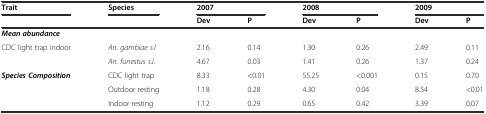
<table><thead><tr><td><b>Trait</b></td><td><b>Species</b></td><td colspan="2"><b>2007</b></td><td colspan="2"><b>2008</b></td><td colspan="2"><b>2009</b></td></tr><tr><td></td><td></td><td><b>Dev</b></td><td><b>P</b></td><td><b>Dev</b></td><td><b>P</b></td><td><b>Dev</b></td><td><b>P</b></td></tr></thead><tbody><tr><td><b><i>Mean abundance</i></b></td><td></td><td></td><td></td><td></td><td></td><td></td><td></td></tr><tr><td>CDC light trap indoor</td><td><i>An. gambiae s.l</i></td><td>2.16</td><td>0.14</td><td>1.30</td><td>0.26</td><td>2.49</td><td>0.11</td></tr><tr><td></td><td><i>An. funestus s.l.</i></td><td>4.67</td><td>0.03</td><td>1.41</td><td>0.26</td><td>1.37</td><td>0.24</td></tr><tr><td><b><i>Species Composition</i></b></td><td>CDC light trap</td><td>8.33</td><td>&lt;0.01</td><td>55.25</td><td>&lt;0.001</td><td>0.15</td><td>0.70</td></tr><tr><td></td><td>Outdoor resting</td><td>1.18</td><td>0.28</td><td>4.30</td><td>0.04</td><td>8.54</td><td>&lt;0.01</td></tr><tr><td></td><td>Indoor resting</td><td>1.12</td><td>0.29</td><td>0.65</td><td>0.42</td><td>3.39</td><td>0.07</td></tr></tbody></table>